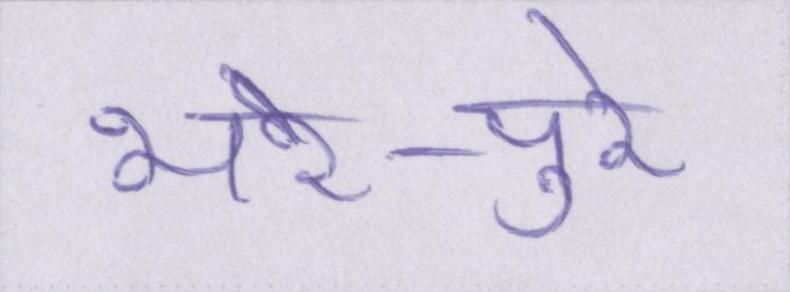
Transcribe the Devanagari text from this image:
भरे-पुरे